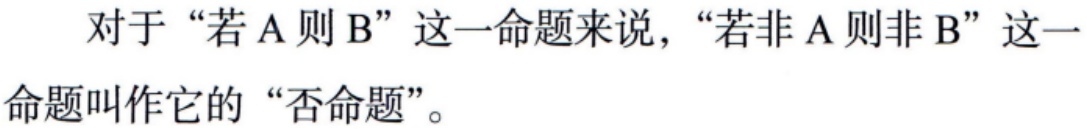
对于“若 A 则 B”这一命题来说，“若非 A 则非 B”这一命题叫作它的“否命题”。